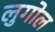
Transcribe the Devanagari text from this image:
लुगोल